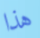
هذا